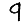
Digit: 9